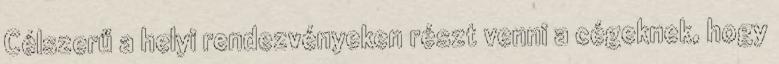
Célszerű a helyi rendezvényeken részt venni a cégeknek, hogy